Sketch of the medical history of the native army of Bombay, for the year
Year: 1870
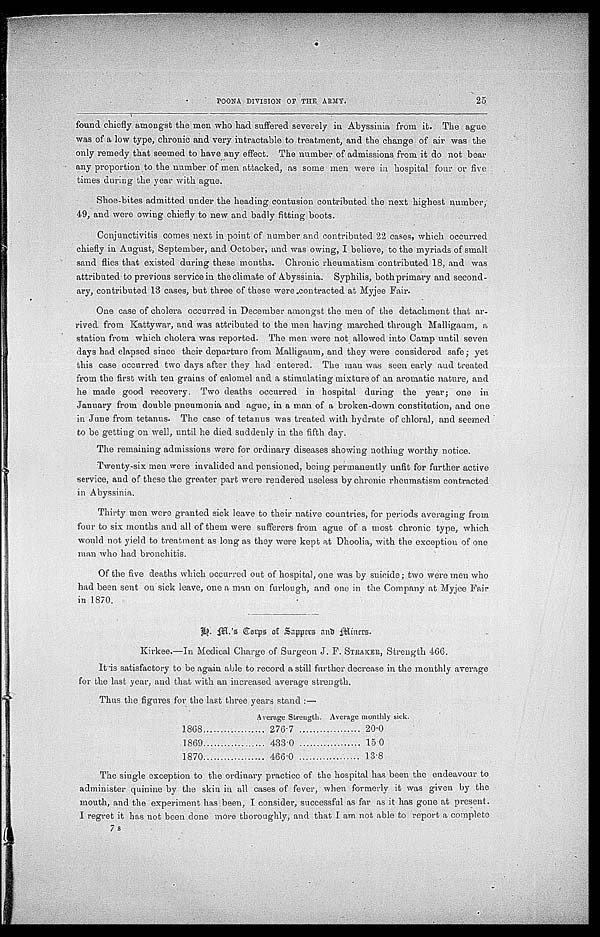
POONA DIVISION OF THE ARMY. 2 5
found chiefly amongst the men who had suffered severely in Abyssinia from it. The ague
was of a low type, chronic and very intractable to treatment and the change of air was the
only remedy that seemed to have any effect. The number of admissions from it do not bear
any proportion to the number of men attacked, as some men were in hospital four or five
times during the year with ague.
Shoe-bites admitted under the heading contusion contributed the next highest number,
49, and were owing chiefly to new and badly fitting b
oots.
C o n j u n c t i v i t i s c o m e s n e x t i n p o i n t o f n u m b e r a n d c o n t r i b u t e d 2 2 c a s e s , w h i c h o c c u r r e d
chiefly in August, September, and October, and was owing, I believe, to the myriads of small
sand flies that existed during these months. Chronic rheumatism contributed 18, and was
attributed to previous service in the climate of Abyssinia. Syphilis, both primary and second
-
ary, contributed 13 cases, but three of these were contracted at Myjee Fair.
One case of cholera occurred in December amongst the men of the detachment that ar
-
rived from Kattywar, and was attributed to the men having marched through Malligaum,
a
station from which cholera was reported. The men were not allowed into Camp until seven
days had elapsed since their departure from Malligaum, and they were considered safe ; yet
this case occurred two days after they had entered. The man was seen early and treated
from the first with ten grains of calomel and a stimulating mixture of an aromatic nature, and
he made good recovery. Two deaths occurred in hospital during the year ; one in
January from double pneumonia and ague, in a man of a broken-down constitution, and one
in June from tetanus. The case of tetanus was treated with hydrate of chloral, and seeme
d
to be getting on well, until he died suddenly in the fifth day.
The remaining admissions were for ordinary diseases showing nothing worthy notice.
Twenty-six men were invalided and pensioned, being permanently unfit for further active
service, and of these the greater part were rendered useless by chronic rheumatism contracted
in Abyssinia.
Thirty men were granted sick leave to their native countries, for periods averaging from
four to six months and all of them were sufferers from ague of a most chronic type, which
would not yield to treatment as long as they were kept at Dhoolia, with the exception of one
man who had bronchitis.
Of the five deaths which occurred out of hospital, one was by suicide; two were men who
had been sent on sick leave, one a man on furlough, and one in the Company at Myjee Fair
in 1870.
H . M . ' s C o r p s o f S a p p e r s a n d M i n e r s .
Kirkee.—In Medical Charge of Surgeon J. F. STRAKER, Strength 466.
It is satisfactory to be again able to record a still further decrease in the monthly average
for the last year, and that with an increased average strength.
Thus the figures for the last three years stand :—
Average Strength. Average monthly sick.
1868
2 7 6 · 7
20·0
1869
4 3 3 · 0
15·0
1870
4 6 6 · 0
13·8
The single exception to the ordinary practice of the hospital has been the endeavour to
administer quinine by the skin in all cases of fever, when formerly it was given by the
mouth, and the experiment has been, I consider, successful as far as it has gone at present.
I regret it has not been clone more thoroughly, and that I am not able to report a complete
7 s